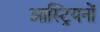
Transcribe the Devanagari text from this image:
आस्ट्रियनों